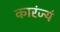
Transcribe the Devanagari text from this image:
कारंज्यं